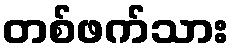
တစ်ဖက်သား